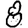
Digit: 8